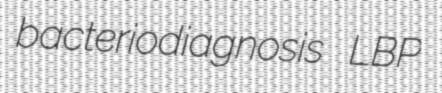
bacteriodiagnosis LBP